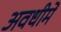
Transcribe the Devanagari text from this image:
अवधीमें